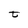
Character: t